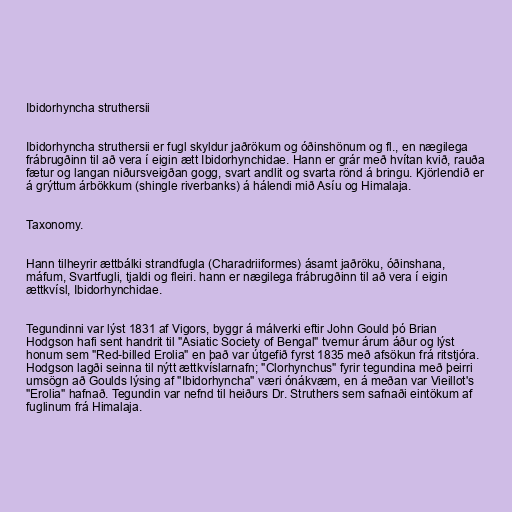
Ibidorhyncha struthersii

Ibidorhyncha struthersii er fugl skyldur jaðrökum og óðinshönum og fl., en nægilega
frábrugðinn til að vera í eigin ætt Ibidorhynchidae. Hann er grár með hvítan kvið, rauða
fætur og langan niðursveigðan gogg, svart andlit og svarta rönd á bringu. Kjörlendið er
á grýttum árbökkum (shingle riverbanks) á hálendi mið Asíu og Himalaja.

Taxonomy.

Hann tilheyrir ættbálki strandfugla (Charadriiformes) ásamt jaðröku, óðinshana,
máfum, Svartfugli, tjaldi og fleiri. hann er nægilega frábrugðinn til að vera í eigin
ættkvísl, Ibidorhynchidae.

Tegundinni var lýst 1831 af Vigors, byggr á málverki eftir John Gould þó Brian
Hodgson hafi sent handrit til "Asiatic Society of Bengal" tvemur árum áður og lýst
honum sem "Red-billed Erolia" en það var útgefið fyrst 1835 með afsökun frá ritstjóra.
Hodgson lagði seinna til nýtt ættkvíslarnafn; "Clorhynchus" fyrir tegundina með þeirri
umsögn að Goulds lýsing af "Ibidorhyncha" væri ónákvæm, en á meðan var Vieillot's
"Erolia" hafnað. Tegundin var nefnd til heiðurs Dr. Struthers sem safnaði eintökum af
fuglinum frá Himalaja.